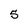
Character: 5